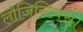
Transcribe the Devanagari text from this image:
लौजिस्टिक्स।